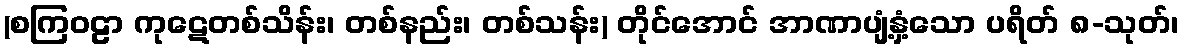
(စကြဝဠာ ကုဋေတစ်သိန်း၊ တစ်နည်း၊ တစ်သန်း) တိုင်အောင် အာဏာပျံ့နှံ့သော ပရိတ် ၈-သုတ်၊